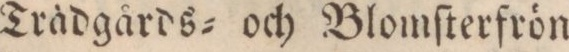
Trädgårds= och Blomſterfrön